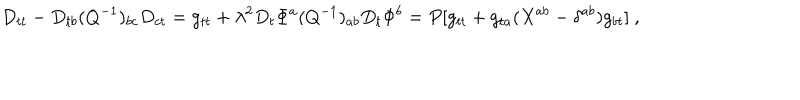
D _ { t t } - D _ { t b } ( Q ^ { - 1 } ) _ { b c } D _ { c t } = g _ { t t } + \lambda ^ { 2 } D _ { t } \Phi ^ { a } ( Q ^ { - 1 } ) _ { a b } D _ { t } \Phi ^ { b } = P [ g _ { t t } + g _ { t a } ( X ^ { a b } - \delta ^ { a b } ) g _ { b t } ] \ ,